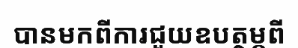
បានមកពីការជួយឧបត្ថម្ភពី